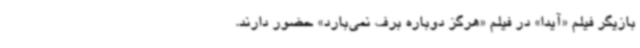
بازیگر فیلم «آیدا» در فیلم «هرگز دوباره برف نمی‌بارد» حضور دارند.